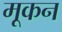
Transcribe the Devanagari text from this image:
मूकन